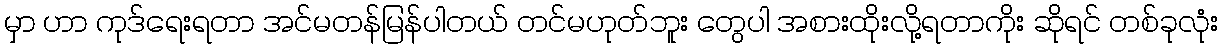
မှာ ဟာ ကုဒ်ရေးရတာ အင်မတန်မြန်ပါတယ် တင်မဟုတ်ဘူး တွေပါ အစားထိုးလို့ရတာကိုး ဆိုရင် တစ်ခုလုံး